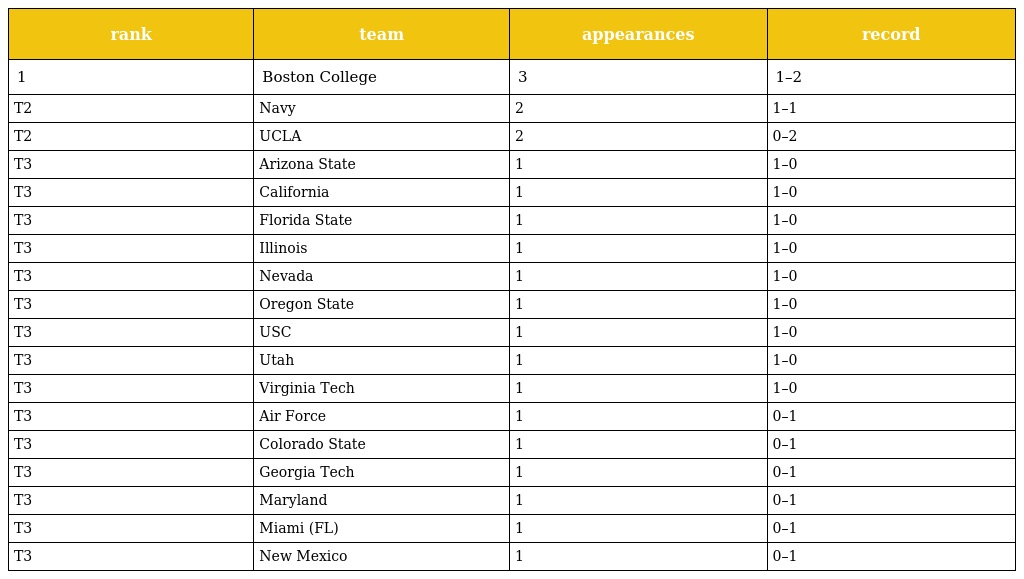
| rank | team | appearances | record |
 | --- | --- | --- | --- |
 | 1 | Boston College | 3 | 1–2 |
 | T2 | Navy | 2 | 1–1 |
 | T2 | UCLA | 2 | 0–2 |
 | T3 | Arizona State | 1 | 1–0 |
 | T3 | California | 1 | 1–0 |
 | T3 | Florida State | 1 | 1–0 |
 | T3 | Illinois | 1 | 1–0 |
 | T3 | Nevada | 1 | 1–0 |
 | T3 | Oregon State | 1 | 1–0 |
 | T3 | USC | 1 | 1–0 |
 | T3 | Utah | 1 | 1–0 |
 | T3 | Virginia Tech | 1 | 1–0 |
 | T3 | Air Force | 1 | 0–1 |
 | T3 | Colorado State | 1 | 0–1 |
 | T3 | Georgia Tech | 1 | 0–1 |
 | T3 | Maryland | 1 | 0–1 |
 | T3 | Miami (FL) | 1 | 0–1 |
 | T3 | New Mexico | 1 | 0–1 |